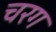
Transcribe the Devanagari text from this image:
चरग